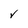
Character: V